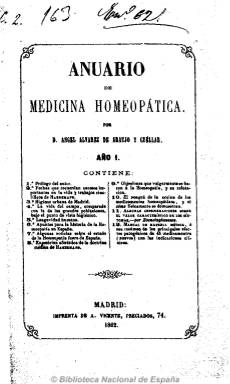
Título: Anuario de medicina homeopática
Colección: Homeopatía
Ámbito geográfico: Madrid
Lugar de publicación: Madrid
Fechas: 01/01/1862-31/12/1862

Un volumen de 320 páginas que su autor, Ángel Álvarez de Araujo y Cuéllar, dedica al médico homeópata José Passaman, que recoge un compendio de los trabajos científicos del fundador de esta doctrina médica, Samuel Hahnemann, así como otros artículos de utilidad práctica y teórica sobre higiene urbana de Madrid, las diferencias entre la vida urbana y rural o la longevidad humana, unos apuntes para la historia de la homeopatía española y unas notas históricas sobre su desarrollo en el extranjero, así como otro sobre la acción de los medicamentos homeopáticos y un manual de materia médica homeopática. También da cuenta del nacimiento y evolución de la Sociedad Hahnemanniana Matritense y una nómina de profesores, médicos, farmacias, dispensarios, periódicos, colegios, hospitales, escuelas y sociedades homeopáticas en España y en el extranjero. Al final, incluye un índice.